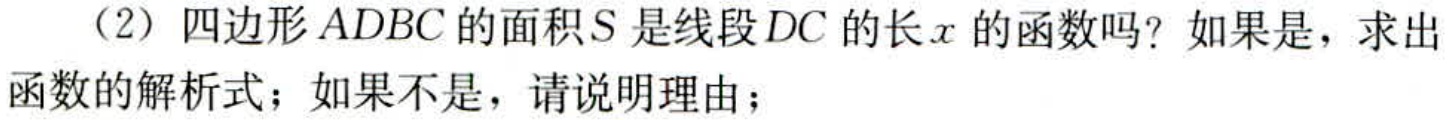
（2）四边形\(ADBC\)的面积\(S\)是线段\(DC\)的长\(x\)的函数吗？如果是，求出函数的解析式；如果不是，请说明理由；